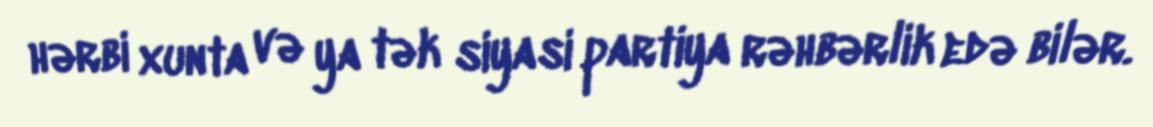
hərbi xunta və ya tək siyasi partiya rəhbərlik edə bilər.